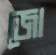
জো